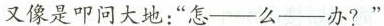
又像是叩问大地：”怎—么—办?”